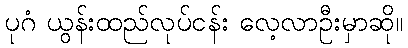
ပုဂံ ယွန်းထည်လုပ်ငန်း လေ့လာဦးမှာဆို။